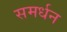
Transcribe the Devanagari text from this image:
समर्धन